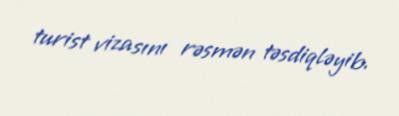
turist vizasını rəsmən təsdiqləyib.